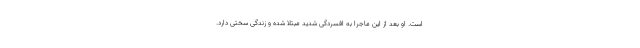
است. او بعد از این ماجرا به افسردگی شدید مبتلا شده و زندگی سختی دارد.